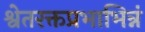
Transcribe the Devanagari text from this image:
श्वेतरक्तप्रभाभिन्नं